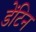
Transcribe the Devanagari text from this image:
डेंटिन